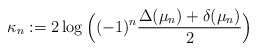
\begin{align*}\kappa_n:= 2\log\Big((-1)^n\frac{\Delta(\mu_n)+ \delta(\mu_n)}{2}\Big)\end{align*}